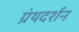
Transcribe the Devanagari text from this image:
ग्रंथदर्शन